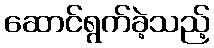
ဆောင်ရွက်ခဲ့သည့်